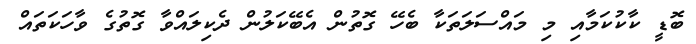
ބޮޑީ ކާކުކަމާއި މި މައްސަލަތަކާ ބެހޭ ގޮތުން އެބޭކަލުން ދެކިލައްވާ ގޮތުގެ ވާހަކަތައް